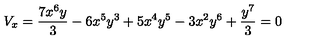
V _ { x } = { \frac { 7 { x ^ { 6 } } y } { 3 } } - 6 { x ^ { 5 } } { y ^ { 3 } } + 5 { x ^ { 4 } } { y ^ { 5 } } - 3 { x ^ { 2 } } { y ^ { 6 } } + { \frac { { y ^ { 7 } } } { 3 } } = 0